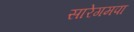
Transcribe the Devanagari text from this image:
सारेगमपा